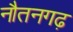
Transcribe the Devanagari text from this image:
नौतनगढ़